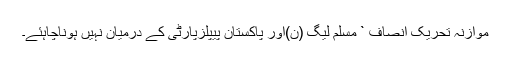
موازنہ تحریک انصاف ` مسلم لیگ (ن)اور پاکستان پیپلزپارٹی کے درمیان نہیں ہوناچاہئے۔